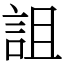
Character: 詛